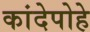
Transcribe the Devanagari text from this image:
कांदेपोहे